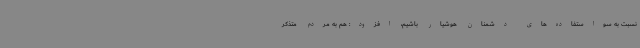
نسبت به سواستفاده‌های دشمنان هوشیار باشیم، افزود: هم به مردم متذکر